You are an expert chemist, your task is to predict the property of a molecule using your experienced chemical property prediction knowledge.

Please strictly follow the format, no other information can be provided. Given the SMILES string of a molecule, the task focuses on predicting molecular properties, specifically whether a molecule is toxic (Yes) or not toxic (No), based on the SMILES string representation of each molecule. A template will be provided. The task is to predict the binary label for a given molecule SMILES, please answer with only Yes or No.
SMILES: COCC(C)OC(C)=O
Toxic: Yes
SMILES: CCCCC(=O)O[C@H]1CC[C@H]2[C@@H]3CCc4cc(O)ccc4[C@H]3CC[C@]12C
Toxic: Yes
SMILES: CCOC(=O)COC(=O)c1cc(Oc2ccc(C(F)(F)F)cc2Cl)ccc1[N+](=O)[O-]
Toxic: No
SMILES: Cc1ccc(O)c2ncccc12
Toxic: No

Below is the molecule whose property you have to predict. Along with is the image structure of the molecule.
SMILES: C1=CCC2CC=CC2C1
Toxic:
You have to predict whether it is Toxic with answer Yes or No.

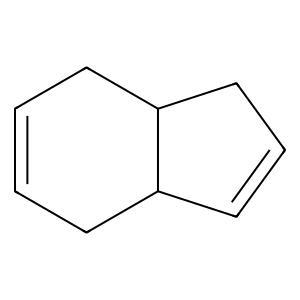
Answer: No